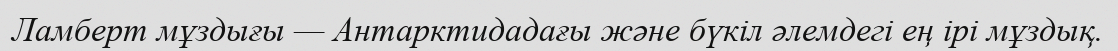
Ламберт мұздығы — Антарктидадағы және бүкіл әлемдегі ең ірі мұздық.